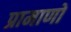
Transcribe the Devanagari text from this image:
प्रामाणों